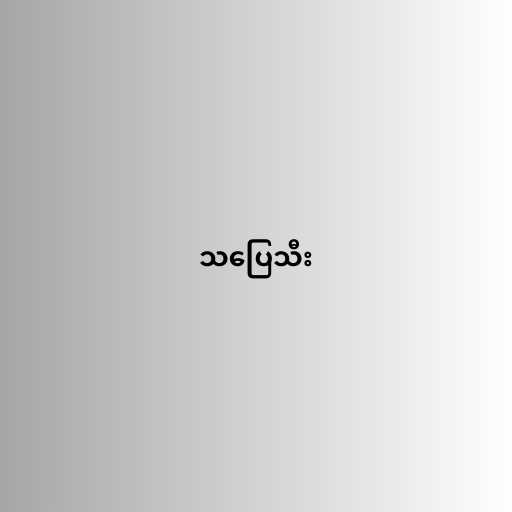
သပြေသီး